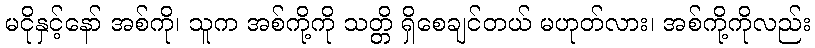
မငိုနှင့်နော် အစ်ကို၊ သူက အစ်ကို့ကို သတ္တိ ရှိစေချင်တယ် မဟုတ်လား၊ အစ်ကို့ကိုလည်း